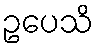
ဥပေသိ